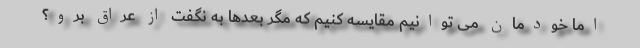
اما خودمان می توانیم مقایسه کنیم که مگر بعدها به نگفت از عراق برو؟